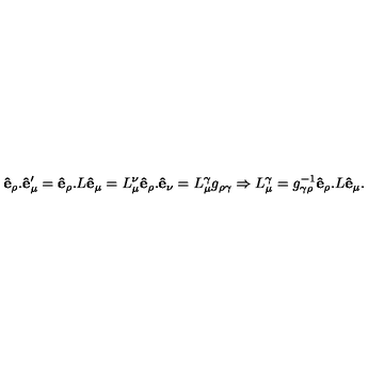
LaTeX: { \bf \hat { e } _ { \rho } . \hat { e } _ { \mu } ^ { \prime } } = { \bf \hat { e } _ { \rho } . } L { \bf \hat { e } _ { \mu } } = L _ { \mu } ^ { \nu } { \bf \hat { e } _ { \rho } . \hat { e } _ { \nu } } = L _ { \mu } ^ { \gamma } g _ { \rho \gamma } \Rightarrow { L } _ { \mu } ^ { \gamma } = g _ { \gamma \rho } ^ { - 1 } { \bf \hat { e } _ { \rho } . } L { \bf \hat { e } _ { \mu } } .